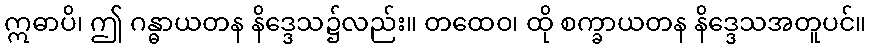
ဣဓာပိ၊ ဤ ဂန္ဓာယတန နိဒ္ဒေသ၌လည်း။ တထေဝ၊ ထို စက္ခာယတန နိဒ္ဒေသအတူပင်။